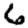
Digit: 6